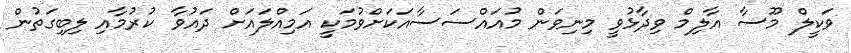
ވަކީލް މޫސާ އާލިމް ވިދާޅުވީ މިނިވަން މުއައްސަސާއަކަށްވުމަކީ އަމިއްލައަށް ދައުވާ ކުރުމާއި ލިބިގަތުން